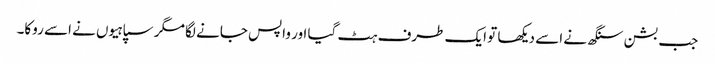
جب بشن سنگھ نے اسے دیکھا تو ایک طرف ہٹ گیا اور واپس جانے لگا مگر سپاہیوں نے اسے روکا۔